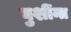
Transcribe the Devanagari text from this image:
घुशींना